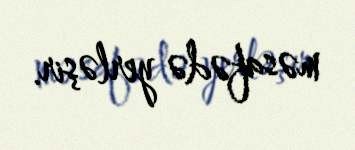
məsafədə yerləşir.